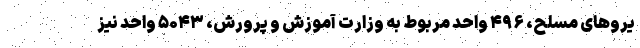
یروهای مسلح، ۴۹۶ واحد مربوط به وزارت آموزش و پرورش، ۵۰۴۳ واحد نیز